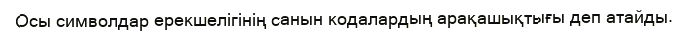
Осы символдар ерекшелігінің санын кодалардың арақашықтығы деп атайды.